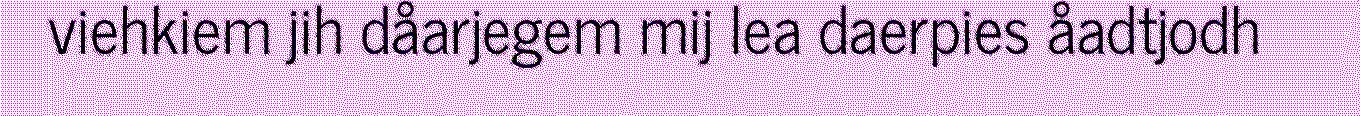
viehkiem jih dåarjegem mij lea daerpies åadtjodh